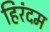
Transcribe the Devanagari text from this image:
हिरंदम